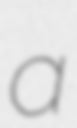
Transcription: a